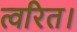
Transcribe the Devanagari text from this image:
त्वरित।